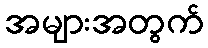
အများအတွက်